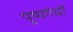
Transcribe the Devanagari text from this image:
पुष्पगंधों